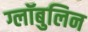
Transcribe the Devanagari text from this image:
ग्लॉबुलिन